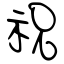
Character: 祝